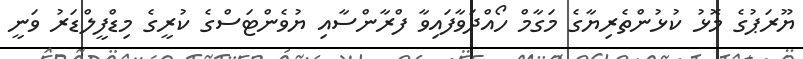
ޔޫރަޕުގެ މޮޅު ކުޅުންތެރިޔާގެ މަގާމް ހޯއްދަވާފައިވާ ފްރާންސާއި ޔުވެންޓަސްގެ ކުރީގެ މިޑްފީލްޑަރު ވަނީ